Vaccination in Bombay 1889-1901 - 1889-1901
Year: 1889
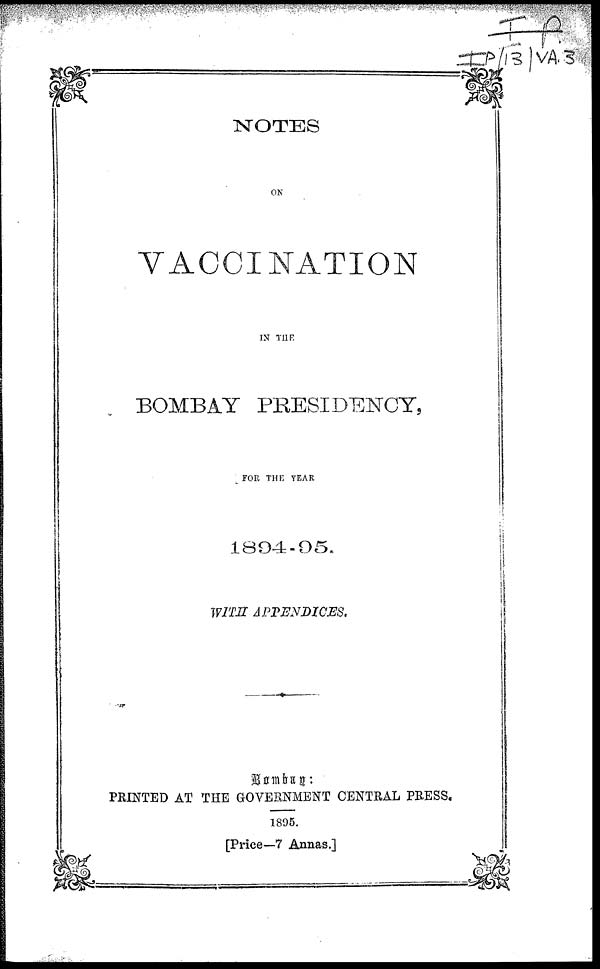
NOTES
ON
VACCINATION
IN THE
BOMBAY PRESIDENCY,
FOR THE YEAR
1894-95.
WITH APPENDICES.
Bombay:
PRINTED AT THE GOVERNMENT CENTRAL PRESS.
1895.
[Price— 7 Annas.]